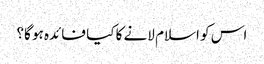
اس کو اسلام لانے کا کیا فائدہ ہو گا؟